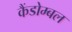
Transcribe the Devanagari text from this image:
कैंडोम्बल